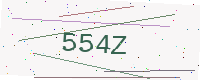
Text: 554Z